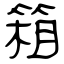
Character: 箱